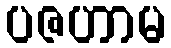
ပဇဟာမ